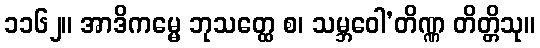
၁၁၆၂။ အာဒိကမ္မေ ဘုသတ္ထေ စ၊ သမ္ဘဝေါ’တိဏ္ဏ တိတ္တိသု။